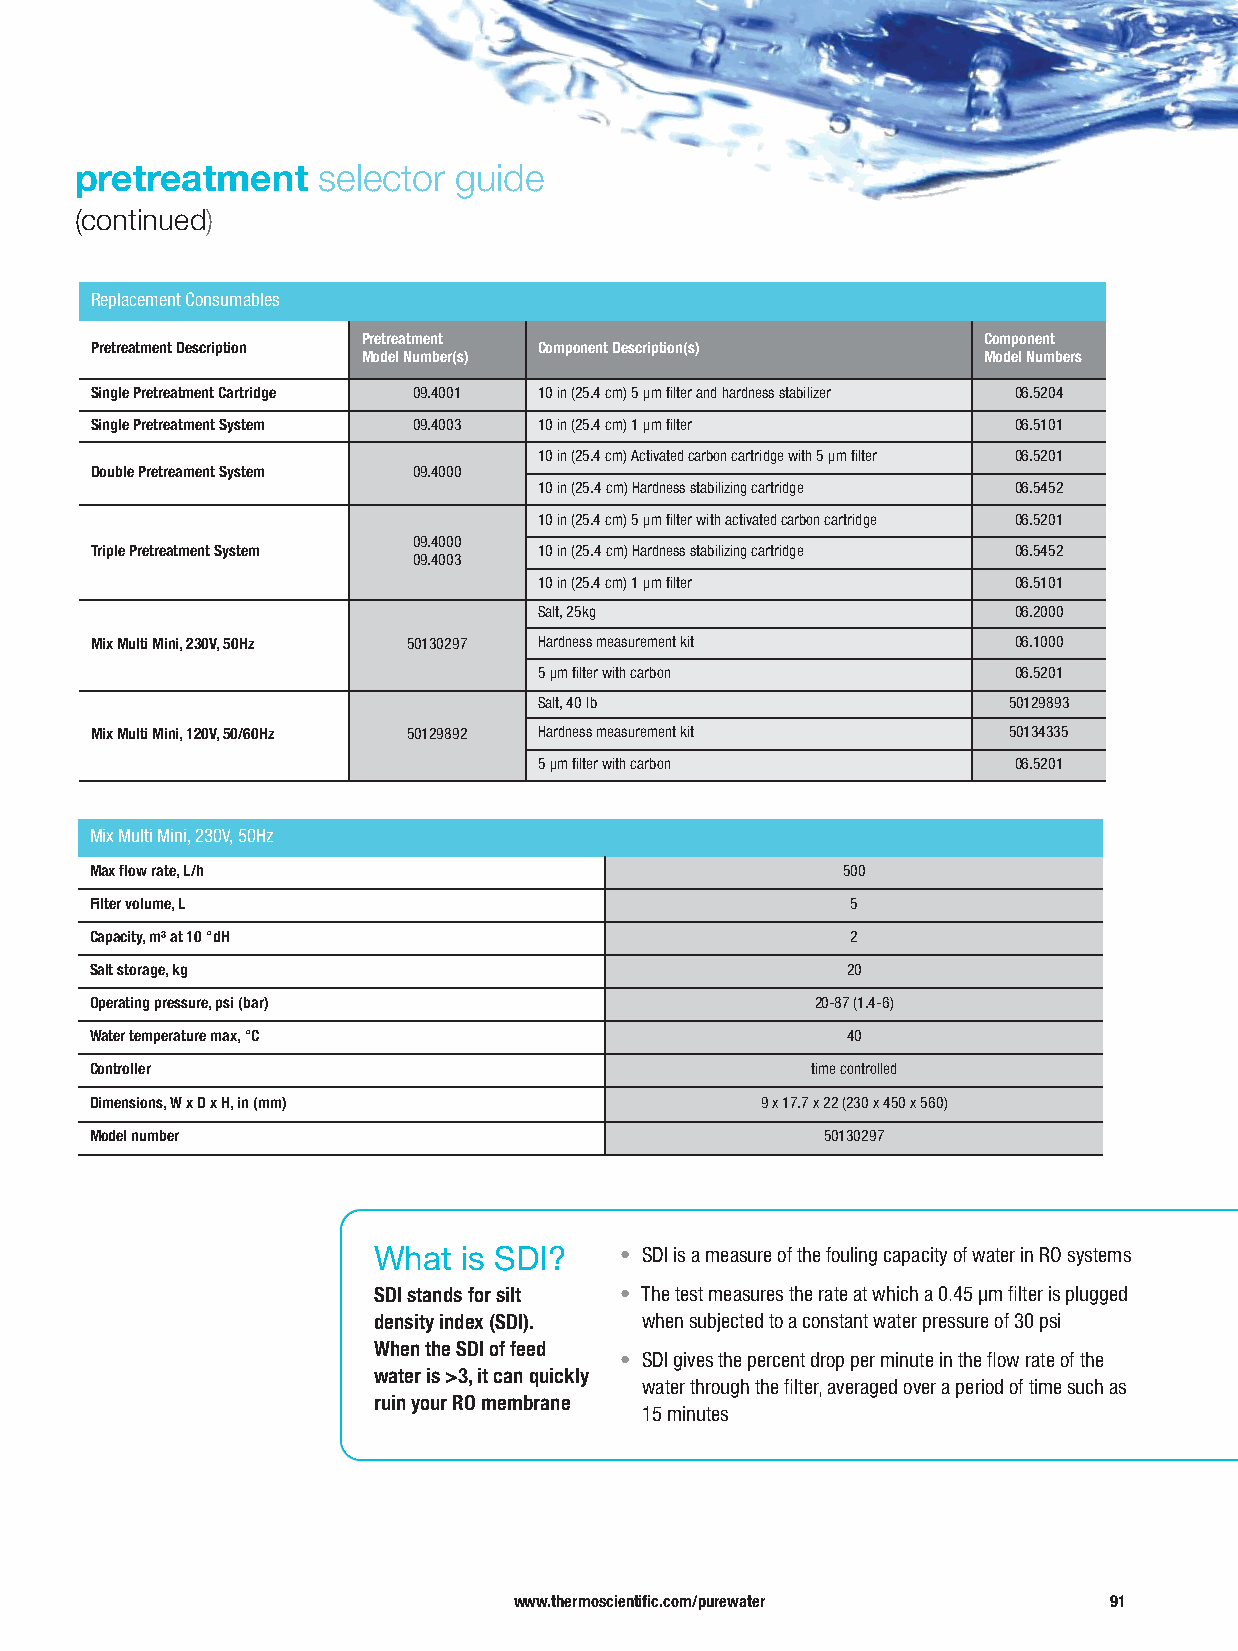
pretreatment    selector guide
 (continued)
 Replacement Consumables
 Pretreatment                             Component
 Pretreatment Description      Component Description(s)
 Model Number(s)                          Model Numbers
 Single Pretreatment Cartridge 09.4001 10 in (25.4 cm) 5 μm filter and hardness stabilizer 06.5204
 Single Pretreatment System 09.4003 10 in (25.4 cm) 1 μm filter 06.5101
 10 in (25.4 cm) Activated carbon cartridge with 5 μm filter 06.5201
 Double Pretreament System 09.4000
 10 in (25.4 cm) Hardness stabilizing cartridge 06.5452
 10 in (25.4 cm) 5 μm filter with activated carbon cartridge 06.5201
 09.4000
 Triple Pretreatment System    10 in (25.4 cm) Hardness stabilizing cartridge 06.5452
 09.4003
 10 in (25.4 cm) 1 μm filter    06.5101
 Salt, 25kg                     06.2000
 Mix Multi Mini, 230V, 50Hz 50130297 Hardness measurement kit 06.1000
 5 μm filter with carbon        06.5201
 Salt, 40 lb                    50129893
 Mix Multi Mini, 120V, 50/60Hz 50129892 Hardness measurement kit 50134335
 5 μm filter with carbon        06.5201
 Mix Multi Mini, 230V, 50Hz
 Maxflow rate, L/h                                 500
 Filter volume, L                                  5
 Capacity, m³ at 10 °dH                            2
 Salt storage, kg                                  20
 Operating pressure, psi (bar)                   20-87 (1.4-6)
 Water temperature max, °C                         40
 Controller                                      time controlled
 Dimensions, W x D x H, in (mm)              9 x 17.7 x 22 (230 x 450 x 560)
 Model number                                     50130297
 What  is SDI?   • SDI is a measure of the fouling capacity of water in RO systems
 SDI stands for silt • The test measures the rate at which a 0.45 μm filter is plugged
 density index (SDI). when subjected to a constant water pressure of 30 psi
 When the SDI of feed
 • SDI gives the percent drop per minute in the flow rate of the
 water is >3, it can quickly
 water through the filter, averaged over a period of time such as
 ruin your RO membrane
 15 minutes
 www.thermoscientific.com/purewater     91